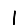
Digit: 1